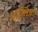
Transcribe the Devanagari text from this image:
वास्तिक